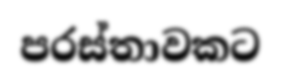
පරස්තාවකට